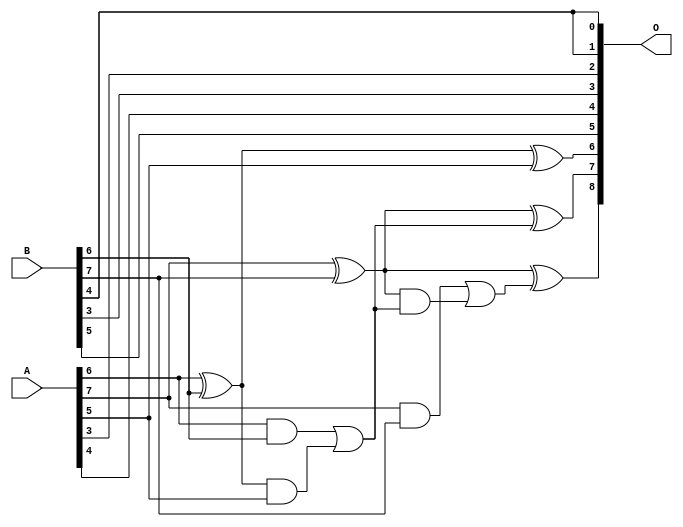
// This program was cloned from: https://github.com/ehw-fit/evoapproxlib
// License: MIT License

/***
* This code is a part of EvoApproxLib library (ehw.fit.vutbr.cz/approxlib) distributed under The MIT License.
* When used, please cite the following article(s): V. Mrazek, L. Sekanina, Z. Vasicek "Libraries of Approximate Circuits: Automated Design and Application in CNN Accelerators" IEEE Journal on Emerging and Selected Topics in Circuits and Systems, Vol 10, No 4, 2020 
* This file contains a circuit from a sub-set of pareto optimal circuits with respect to the pwr and wce parameters
***/
// MAE% = 6.25 %
// MAE = 16 
// WCE% = 12.50 %
// WCE = 32 
// WCRE% = 3100.00 %
// EP% = 99.80 %
// MRE% = 64.84 %
// MSE = 313 
// PDK45_PWR = 0.0093 mW
// PDK45_AREA = 22.1 um2
// PDK45_DELAY = 0.19 ns

module add8se_90Z (
    A,
    B,
    O
);

input [7:0] A;
input [7:0] B;
output [8:0] O;

wire sig_28,sig_29,sig_30,sig_31,sig_32,sig_40,sig_46,sig_57,sig_58,sig_64,sig_65,sig_66;

assign sig_28 = A[6] & B[6];
assign sig_29 = A[6] ^ B[6];
assign sig_30 = A[7] & B[7];
assign sig_31 = A[7] ^ B[7];
assign sig_32 = A[7] ^ B[7];
assign sig_40 = sig_29 & A[5];
assign sig_46 = sig_28 | sig_40;
assign sig_57 = sig_31 & sig_46;
assign sig_58 = sig_30 | sig_57;
assign sig_64 = sig_29 ^ A[5];
assign sig_65 = sig_31 ^ sig_46;
assign sig_66 = sig_32 ^ sig_58;

assign O[8] = sig_66;
assign O[7] = sig_65;
assign O[6] = sig_64;
assign O[5] = B[5];
assign O[4] = A[4];
assign O[3] = B[3];
assign O[2] = A[3];
assign O[1] = B[4];
assign O[0] = B[4];

endmodule